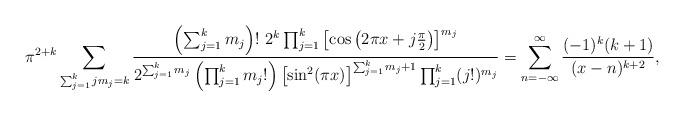
LaTeX: \begin{align*}\pi^{2+k}\sum_{\substack{\sum_{j=1}^kjm_j=k}}\frac{\left(\sum_{j=1}^km_j\right)!~2^k\prod_{j=1}^k\left[\cos\left(2\pi x+j\frac{\pi}{2}\right)\right]^ {m_j}}{2^{\sum_{j=1}^km_j}\left(\prod_{j=1}^km_j!\right)\left[\sin^2(\pi x)\right]^ {\sum_{j=1}^km_j+1}\prod_{j=1}^k(j!)^{m_j}}=\sum_{n=-\infty}^{\infty}\frac{(-1)^k(k+1)}{(x-n)^{k+2}},\end{align*}